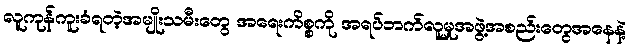
လူကုန်ကူးခံရတဲ့အမျိုးသမီးတွေ အရေးကိစ္စကို အရပ်ဘက်လူမှုအဖွဲ့အစည်းတွေအနေနဲ့